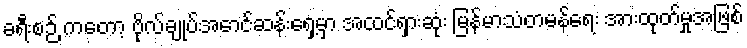
ခရီးစဉ် ကတော့ ဗိုလ်ချုပ်အောင်ဆန်းရှေ့မှာ အထင်ရှားဆုံး မြန်မာသံတမန်ရေး အားထုတ်မှုအဖြစ်